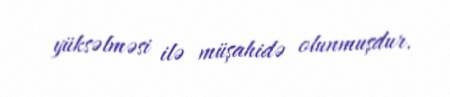
yüksəlməsi ilə müşahidə olunmuşdur.